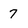
Character: 7